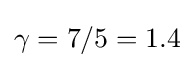
\gamma =7/5=1.4